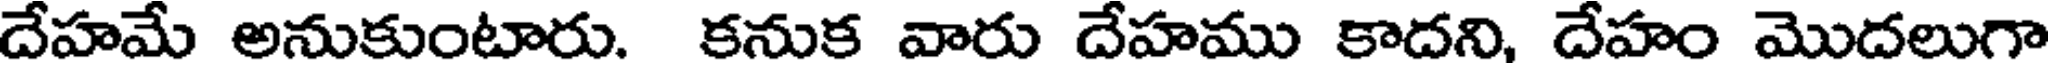
దేహమే అనుకుంటారు. కనుక వారు దేహము కాదని, దేహం మొదలుగా